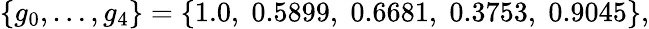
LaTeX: \left\{ g_{0},\dots,g_{4}\right\} =\left\{ 1.0,\; 0.5899,\; 0.6681,\; 0.3753,\; 0.9045\right\} ,